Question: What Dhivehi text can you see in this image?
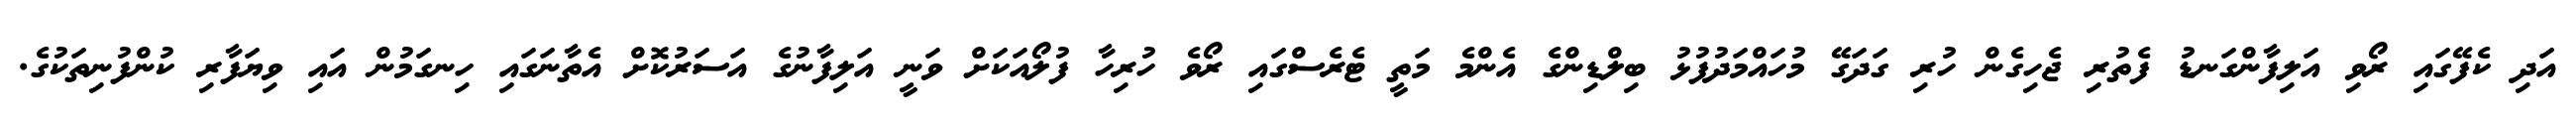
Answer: އަދި ކެފޭގައި ރޯވި އަލިފާންގަނޑު ފެތުރި ޖެހިގެން ހުރި ގަދަގޭ މުހައްމަދުފުޅު ބިލްޑިންގެ އެންމެ މަތީ ޓެރެސްގައި ރޯވެ ހުރިހާ ފުލޯއަކަށް ވަނީ އަލިފާނުގެ އަސަރުކޮށް އެތާނަގައި ހިނގަމުން އައި ވިޔަފާރި ކުންފުނިތަކުގެ.